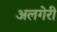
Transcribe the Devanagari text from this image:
अलगेरी